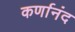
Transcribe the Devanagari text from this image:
कर्णानंद